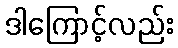
ဒါကြောင့်လည်း